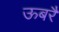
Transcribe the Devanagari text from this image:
ऊबरै